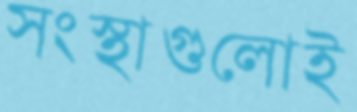
সংস্থাগুলোই